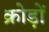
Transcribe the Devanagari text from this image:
क्रोड़ों